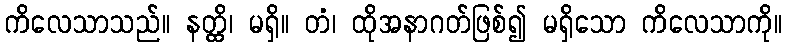
ကိလေသာသည်။ နတ္ထိ၊ မရှိ။ တံ၊ ထိုအနာဂတ်ဖြစ်၍ မရှိသော ကိလေသာကို။